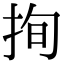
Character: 㧦